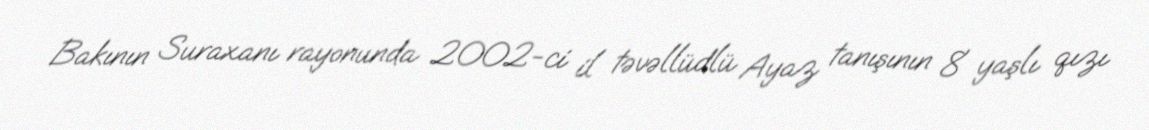
Bakının Suraxanı rayonunda 2002-ci il təvəllüdlü Ayaz tanışının 8 yaşlı qızı